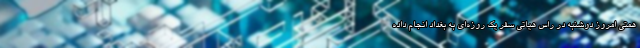
همتی امروز دوشنبه در راس هیاتی سفر یک روزه‌ای به بغداد انجام داده